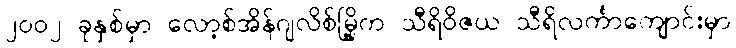
၂၀၀၂ ခုနှစ်မှာ လော့စ်အိန်ဂျလိစ်မြို့က သီရိဝိဇယ သီရိလင်္ကာကျောင်းမှာ